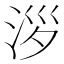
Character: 𣴖